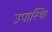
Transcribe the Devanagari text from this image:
उपास्थि।